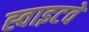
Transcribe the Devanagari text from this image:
ह्वाइटवे